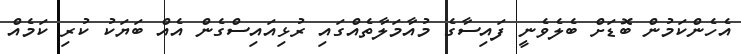
އެހެންކަމުން ބޮޑަށް ބެލެވެނީ ފައިސާގެ މުއާމަލާތެއްގައި ރުޅިއައިސްގެން އެއް ބަޔަކު ކުރި ކަމެއް